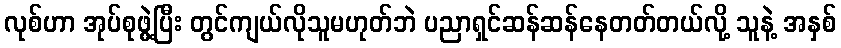
လုစ်ဟာ အုပ်စုဖွဲ့ပြီး တွင်ကျယ်လိုသူမဟုတ်ဘဲ ပညာရှင်ဆန်ဆန်နေတတ်တယ်လို့ သူနဲ့ အနှစ်